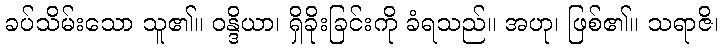
ခပ်သိမ်းသော သူ၏။ ဝန္ဒိယာ၊ ရှိခိုးခြင်းကို ခံရသည်။ အဟု၊ ဖြစ်၏။ သရာဇိ၊